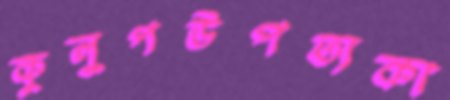
কুলুপউপত্যকা